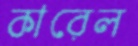
কারেল